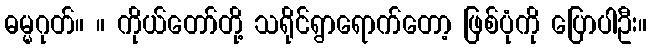
ဓမ္မဂုတ်။ ။ ကိုယ်တော်တို့ သရိုင်ရွာရောက်တော့ ဖြစ်ပုံကို ပြောပါဦး။